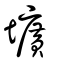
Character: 壙